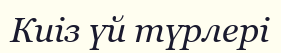
Киіз үй түрлері